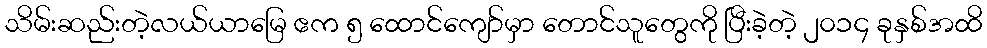
သိမ်းဆည်းတဲ့လယ်ယာမြေ ဧက ၅ ထောင်ကျော်မှာ တောင်သူတွေကို ပြီးခဲ့တဲ့ ၂၀၁၄ ခုနှစ်အထိ